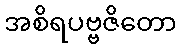
အစိရပဗ္ဗဇိတော